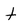
Character: t